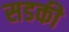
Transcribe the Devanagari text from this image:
सडकी